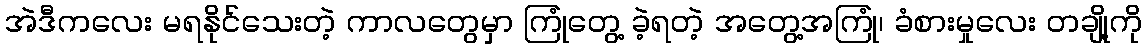
အဲဒီကလေး မရနိုင်သေးတဲ့ ကာလတွေမှာ ကြုံတွေ့ ခဲ့ရတဲ့ အတွေ့အကြုံ၊ ခံစားမှုလေး တချို့ကို